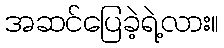
အဆင်ပြေခဲ့ရဲ့လား။